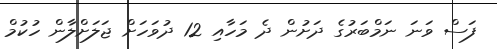
ފަސް ވަނަ ނަމްބަރުގެ ދަށުން ދެ މަހާއި 12 ދުވަހަށް ޖަލަށްލާން ހުކުމް